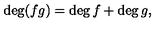
\deg ( f g ) = \deg f + \deg g ,